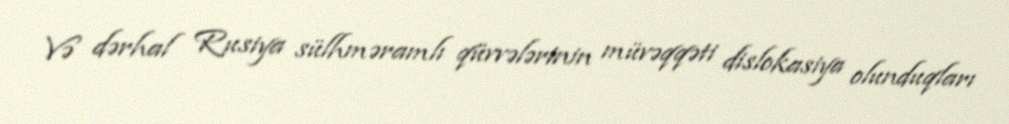
Və dərhal Rusiya sülhməramlı qüvvələrinin müvəqqəti dislokasiya olunduqları